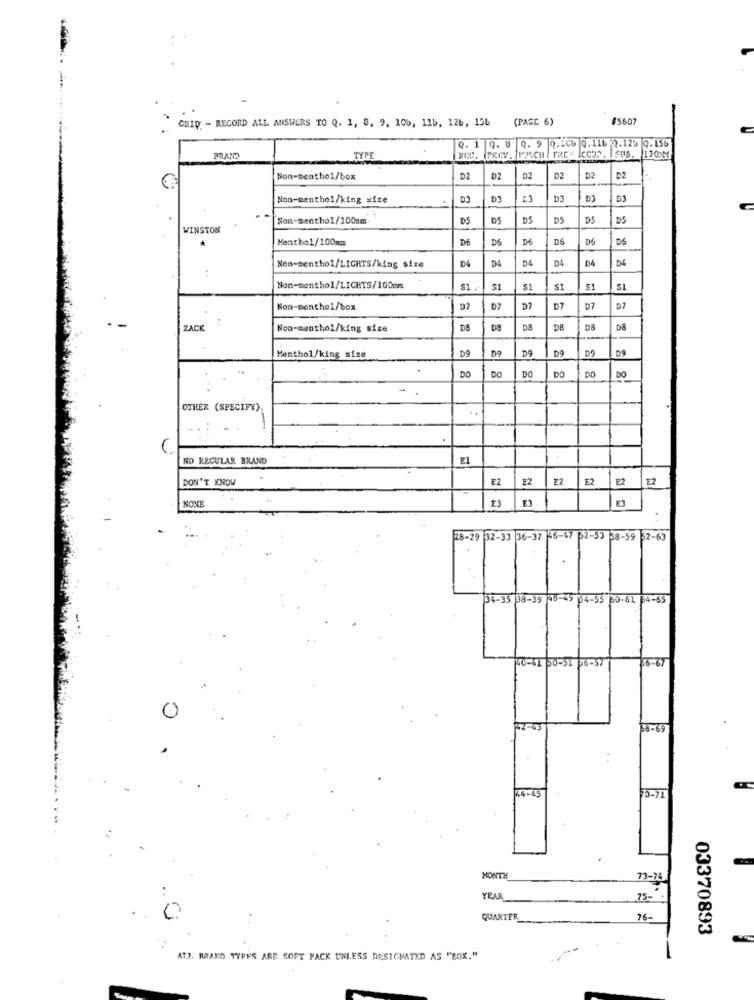
GRID - RECORD ALL ANSWERS TO Q. 1, 8, 9, 106, 11b, 126, 156
(PAGE 6)
#5607
9. 1
BREV . PUSCH ! FREE
Q. 8
9. 9 0.206 0.116 -2.125 2.156
CCUP.
TYPE
ISUS.
120 M1
Non-menthol/box
D2
D2
02
D2
D2
D2
Noo-menthol/king size
DE
D3
D3
Non-menthol/100cm
DS
DS
DS
D5
DS
DS
WINSTON
Menthol/100mm
D6
D6
D6
D6
D6
D6
D4
D4
D&
D4
D4
DE
Non-menthol/LIGHTS/king size
Non-menthol/LICHTS/100mm
$1.
SI
S
S1
$1
Non-menthol/box
D7
D7
D7
D7
ZACK
Non-menthol/king size
DA
DS
DB
DA
D8
D9
D9
D9
09
Menthol/king size
D9
DO
DO
DO
DO
DO
DO
OTHER (SPECIFY).
NO REGULAR BRAND
EL
DON'T KNOW
£2
E2
Z2
E2
E2
E2
23
E
NONE
28-29
32-33 36-37 46-47 62-53 58-59 62-63
34-35 38-39 48-45 04-55 30-61 64-65
40-41 50-51 06-57
16-67
2-43
24-45
MONTH
73-74
..
YEAR
75-
0
QUARTER
76-
03370893
AT.J. BRAKD TYPES ARE SOFT PACK UNLESS DESIGNATED AS "BOX."